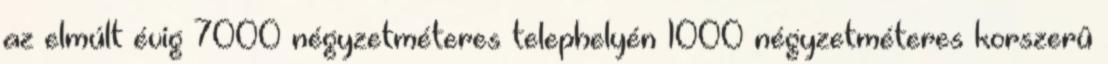
az elmúlt évig 7000 négyzetméteres telephelyén 1000 négyzetméteres korszerû